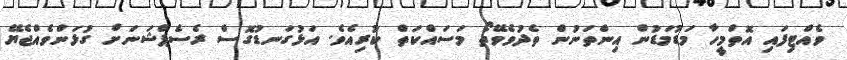
ވެއްޓިފައި އޮތްމީހާ މަޑުމަޑުން އިންތަނުން ތެދުވެވޭތޯ މަސައްކަތް ކުރިއެވެ. އަޅުގަނޑުގޮސް ރެސެޕްޝަނަށް ގުޅަންވެއްޖެޔޭ